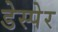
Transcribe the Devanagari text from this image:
डेस्पेर